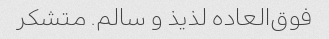
فوق‌العاده لذیذ و سالم. متشکر